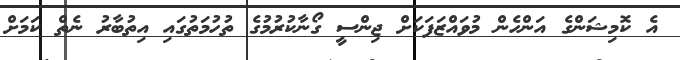
އެ ކޮމިޝަންގެ އަންހެން މުވައްޒަފަކަށް ޖިންސީ ގޯނާކުރުމުގެ ތުހުމަތުގައި އިތުބާރު ނެތް ކަމަށް